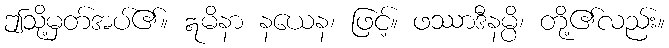
ဤသို့မှတ်အပ်၏။ ဣမိနာ နယေန၊ ဖြင့်။ ဖဿာဒီနမ္ပိ၊ တို့၏လည်း။